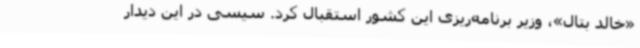
«خالد بتال»، وزیر برنامه‌ریزی این کشور استقبال کرد. سیسی در این دیدار